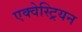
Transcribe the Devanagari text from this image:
एक्वेस्ट्रियन